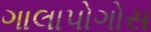
ગાલાપોગોસ